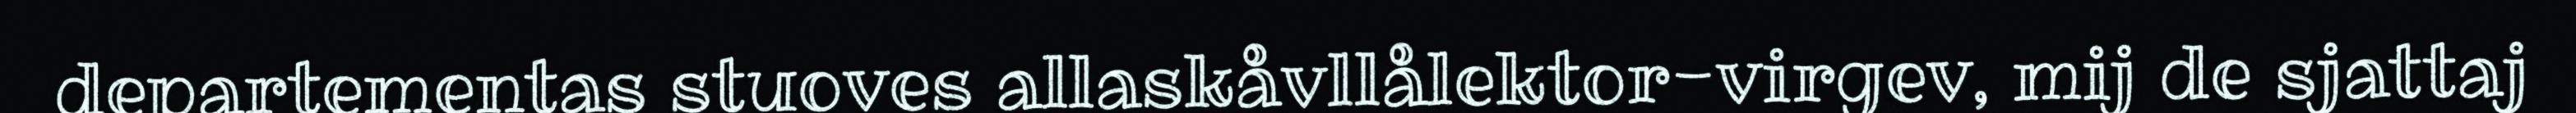
departementas stuoves allaskåvllålektor-virgev, mij de sjattaj